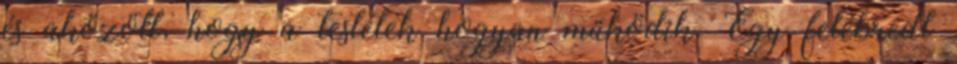
és aközött, hogy a testetek hogyan működik. Egy felébredt